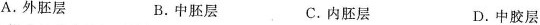
A.外胚层 B.中胚层 C.内胚层 D.中胶层